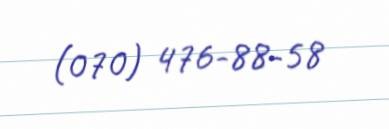
(070) 476-88-58